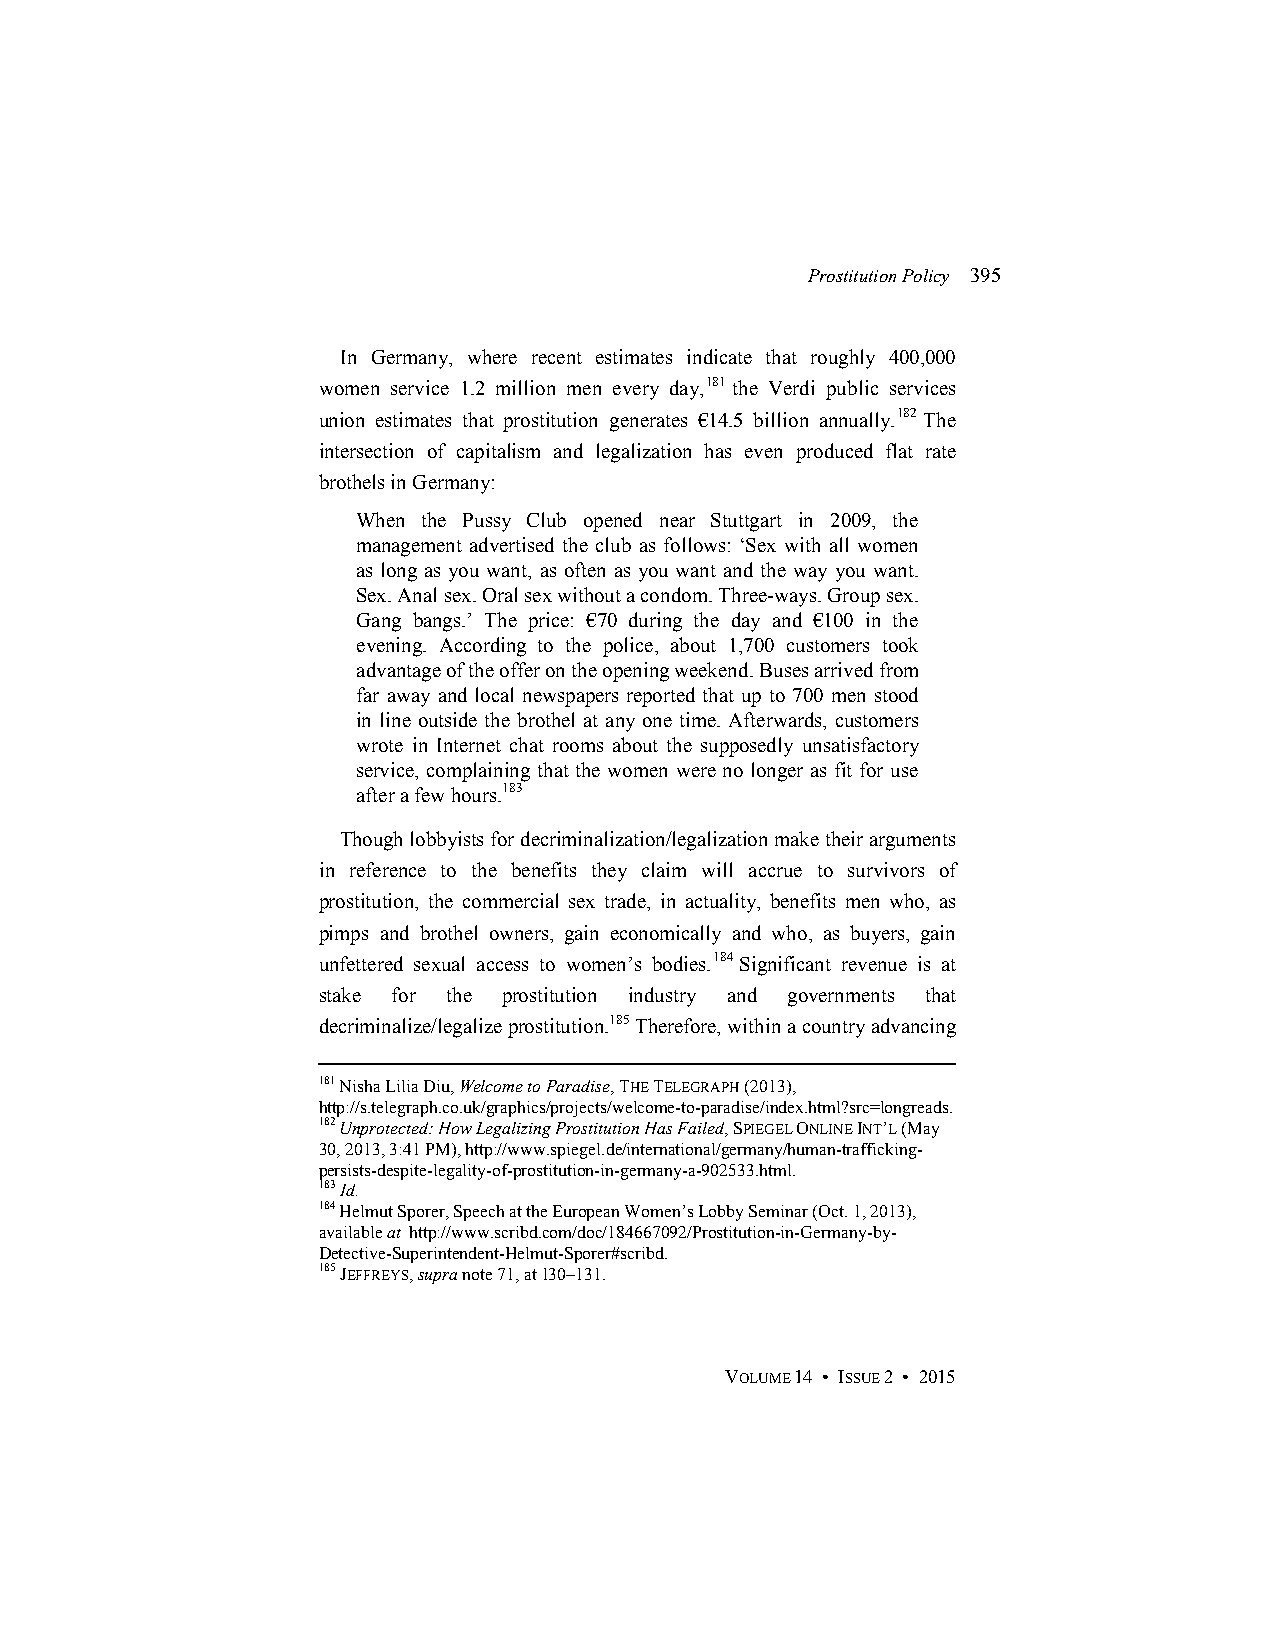
Prostitution Policy 395
 In Germany, where recent estimates indicate that roughly 400,000
 women service 1.2 million men every day,181 the Verdi public services
 union estimates that prostitution generates €14.5 billion annually.182 The
 intersection of capitalism and legalization has even produced flat rate
 brothels in Germany:
 When the Pussy Club opened near Stuttgart in 2009, the
 management advertised the club as follows: ‘Sex with all women
 as long as you want, as often as you want and the way you want.
 Sex. Anal sex. Oral sex without a condom. Three-ways. Group sex.
 Gang bangs.’ The price: €70 during the day and €100 in the
 evening. According to the police, about 1,700 customers took
 advantage of the offer on the opening weekend. Buses arrived from
 far away and local newspapers reported that up to 700 men stood
 in line outside the brothel at any one time. Afterwards, customers
 wrote in Internet chat rooms about the supposedly unsatisfactory
 service, complaining that the women were no longer as fit for use
 after a few hours.183
 Though lobbyists for decriminalization/legalization make their arguments
 in reference to the benefits they claim will accrue to survivors of
 prostitution, the commercial sex trade, in actuality, benefits men who, as
 pimps and brothel owners, gain economically and who, as buyers, gain
 unfettered sexual access to women’s bodies.184 Significant revenue is at
 stake for the prostitution industry and governments that
 decriminalize/legalize prostitution.185 Therefore, within a country advancing
 181 Nisha Lilia Diu, Welcome to Paradise, THE TELEGRAPH (2013),
 http://s.telegraph.co.uk/graphics/projects/welcome-to-paradise/index.html?src=longreads.
 182 Unprotected: How Legalizing Prostitution Has Failed, SPIEGEL ONLINE INT’L (May
 30, 2013, 3:41 PM), http://www.spiegel.de/international/germany/human-trafficking-
 persists-despite-legality-of-prostitution-in-germany-a-902533.html.
 183 Id.
 184 Helmut Sporer, Speech at the European Women’s Lobby Seminar (Oct. 1, 2013),
 available at http://www.scribd.com/doc/184667092/Prostitution-in-Germany-by-
 Detective-Superintendent-Helmut-Sporer#scribd.
 185 JEFFREYS, supra note 71, at 130–131.
 VOLUME 14 • ISSUE 2 • 2015